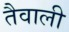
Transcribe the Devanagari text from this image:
तैवाली